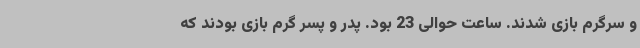
و سرگرم بازی شدند. ساعت حوالی 23 بود. پدر و پسر گرم بازی بودند که